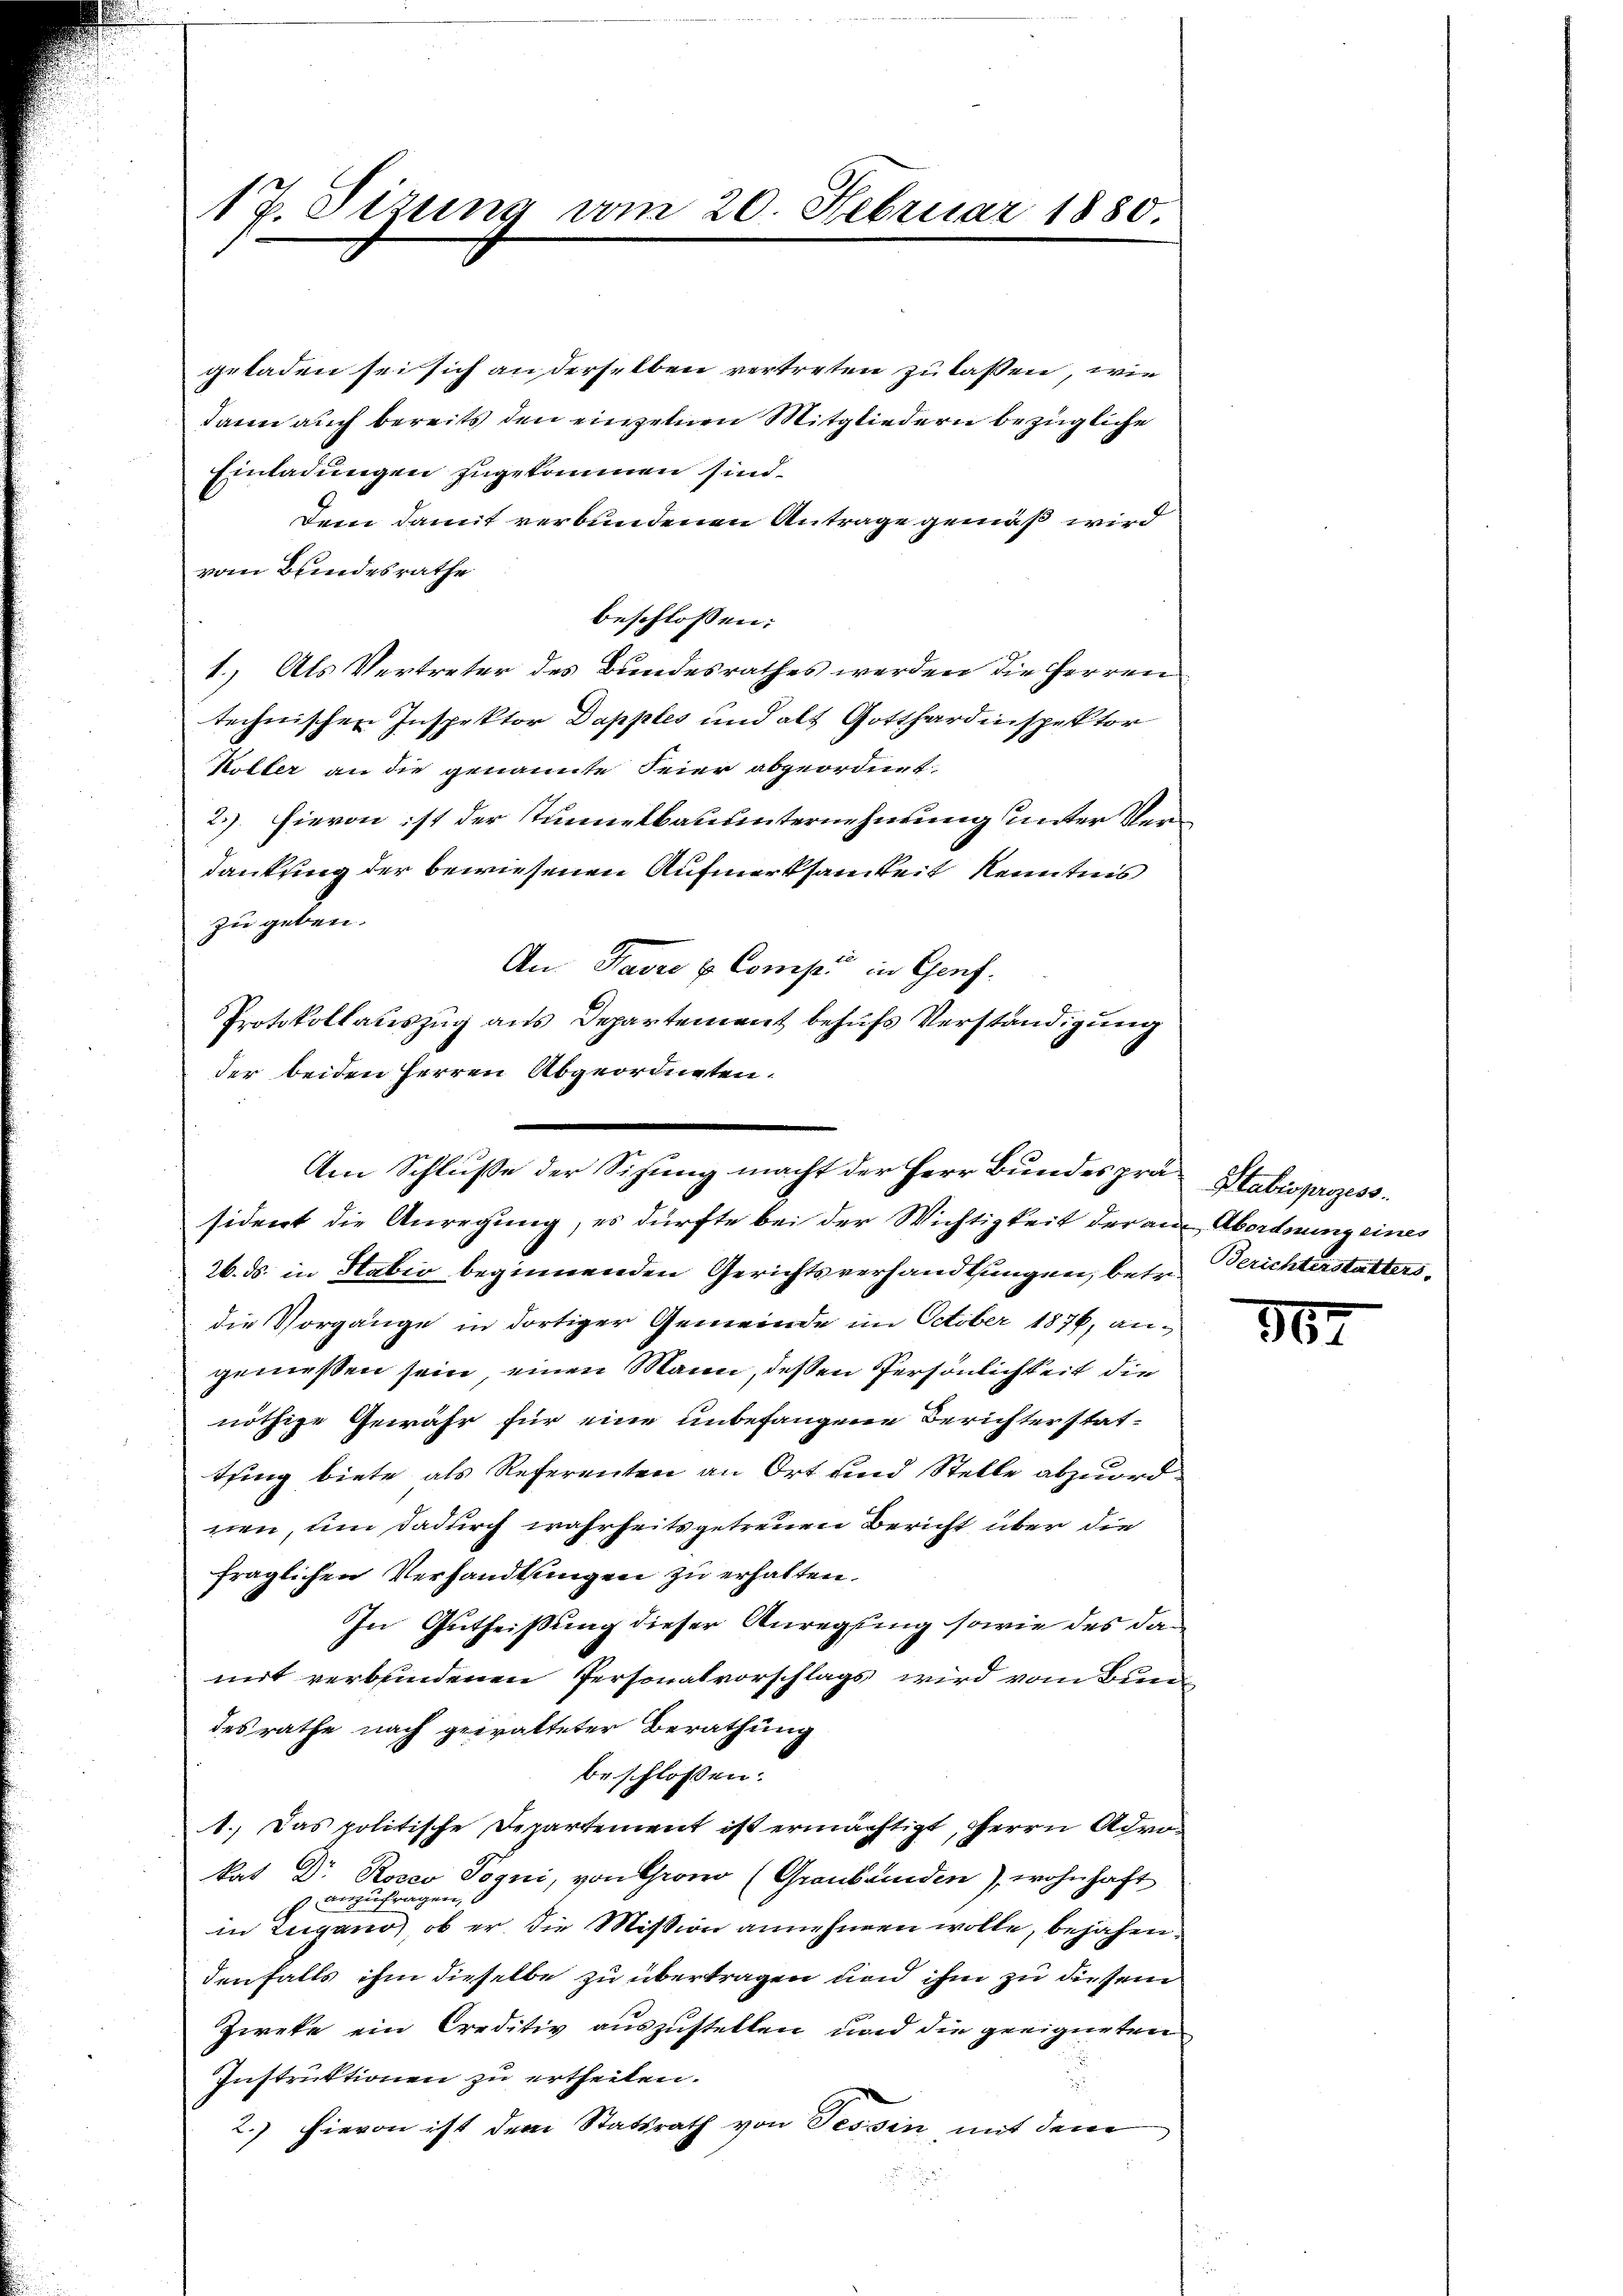
17. Sizung vom 20. Februar 1880.

geladen sei sich an derselben vertreten zu lassen, wie
dann auch bereits den einzelnen Mitgliedern bezügliche
Einladungen zugekommen sind.
Dem damit verbundenen Antrage gemäß wird
vom Bundesrathe
beschlossen:
1.) Als Vertreter des Bundesrathes werden die Herren
technischen Inspektor Dapples und alt Gotthardinspektor
Köller an die genannte Feier abgeordnet.
2.) Hievon ist der Tunnelbauunternehmung unter Verdankung der bewiesenen Aufmerksamkeit Kenntnis
zu geben.
An Havre u. Comp. in Genf.
Protokollauszug aus Departement behufs Verständigung
der beiden Herren Abgeordneten.
26. ds. in Stabio beginnenden Gerichtsverhandlungen, betr. Berichterstattersdie Vorgänge in dortiger Gemeinde im October 1876, angemessen sein, einen Mann, deßen Persönlichkeit die
nöthige Gewähr für eine unbefangene Berichterstat-
tung biete als Referenten an Ort und Stelle abzuordnen, um dadurch wahrheits getreuen Bericht über die
fraglichen Verhandlungen zu erhalten.
In Gutheißung dieser Anregung sowie des damit verbundenen Personalvorschlags wird vom Bundesrathe nach getratteter Berathung
beschlossen:
1. Das politische Departement ist ermächtigt, Herrn Advokat Dr Rosco Pogui, von Groso (Graubünden), wohnhaft
 anzufragen,
in Zugano, ob er die Mission annehmen wolle, bejahen.
denfalls ihm dieselbe zu übertragen und ihm zu diesem
Zweke ein Creditiv auszustellen und die geeigneten
Instruktionen zu ertheilen.
.
2.) Hievon ist dem Statsrath von Tessin, mit dem

Am Schluße der Sitzung macht der Herr Bundesprä Stabesprozess
sident die Anregung, es dürfte bei der Wichtigkeit der am Abordnung eines

362.